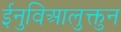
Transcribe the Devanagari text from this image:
ईनुविआलुक्तुन